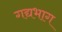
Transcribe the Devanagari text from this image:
गद्यभाग